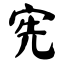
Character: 宪